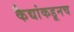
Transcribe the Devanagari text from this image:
कैद्यांकडूनच